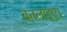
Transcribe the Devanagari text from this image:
बतलाइए।